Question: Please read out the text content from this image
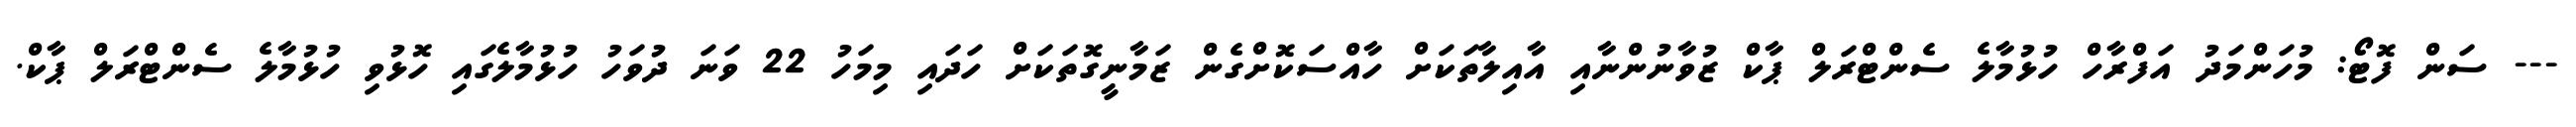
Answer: --- ސަން ފޮޓޯ: މުހަންމަދު އަފްރާހް ހުޅުމާލެ ސެންޓްރަލް ޕާކް ޒުވާނުންނާއި އާއިލާތަކަށް ހާއްސަކޮށްގެން ޒަމާނީގޮތަކަށް ހަދައި މިމަހު 22 ވަނަ ދުވަހު ހުޅުމާލެގައި ހޮޅުވި ހުޅުމާލެ ސެންޓްރަލް ޕާކް.